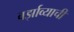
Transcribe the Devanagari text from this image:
वर्झाव्याची